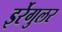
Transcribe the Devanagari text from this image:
इर्रेगुलर